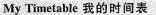
My Timetable 我的时间表